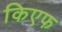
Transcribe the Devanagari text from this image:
किएफ